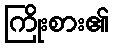
ကြိုးစား၏